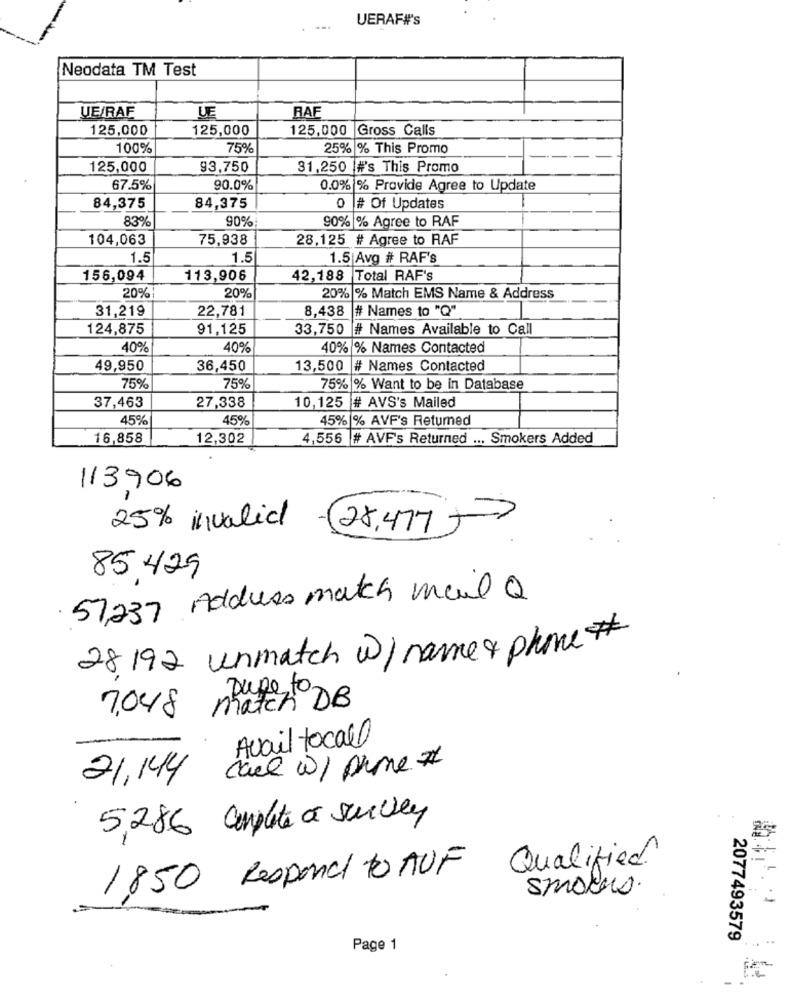
UERAF#'s
. ...
Neodata TM Test
UE/RAF
UE
RAE
125,000
125,000
125,000
Gross Calls
100%
75%
25% % This Promo
125,000
93,750
31,250 #'s This Promo
67.5%
90.0%
0.0% % Provide Agree to Update
84,375
84,375
0 # Of Updates
83%
90%
90% % Agree to RAF
104,063
75,938
28,125 # Agree to RAF
1.5
1.5
1.5 Avg # RAF's
156,094
113,906
42,188 Total RAF's
20%
20%
20% % Match EMS Name & Address
22,781
8,438
# Names to "Q"
31,219
124,875
91,125
33,750 # Names Available to Call
40%
40%
40% % Names Contacted
49,950
36,450
13,500 # Names Contacted
75%
75%
75% % Want to be in Database
37,463
27,338
10,125 # AVS's Mailed
45%
45%
45% % AVF's Returned
16,858
12,302
4,556 # AVF's Returned ... Smokers Added
113906
25% invalid
(28,4775
85 429
57,237 Address match mail Q
28 192 unmatch w / name & phone #
pupe to-
7.048 match DB
Avail tocall
21,144 call w/ prime #
5,286 Cumplite a survey
Qualified!
1850 Respond to AUF
smokes.
..
2077493579
Page 1